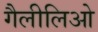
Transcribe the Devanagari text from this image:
गैलीलिओ